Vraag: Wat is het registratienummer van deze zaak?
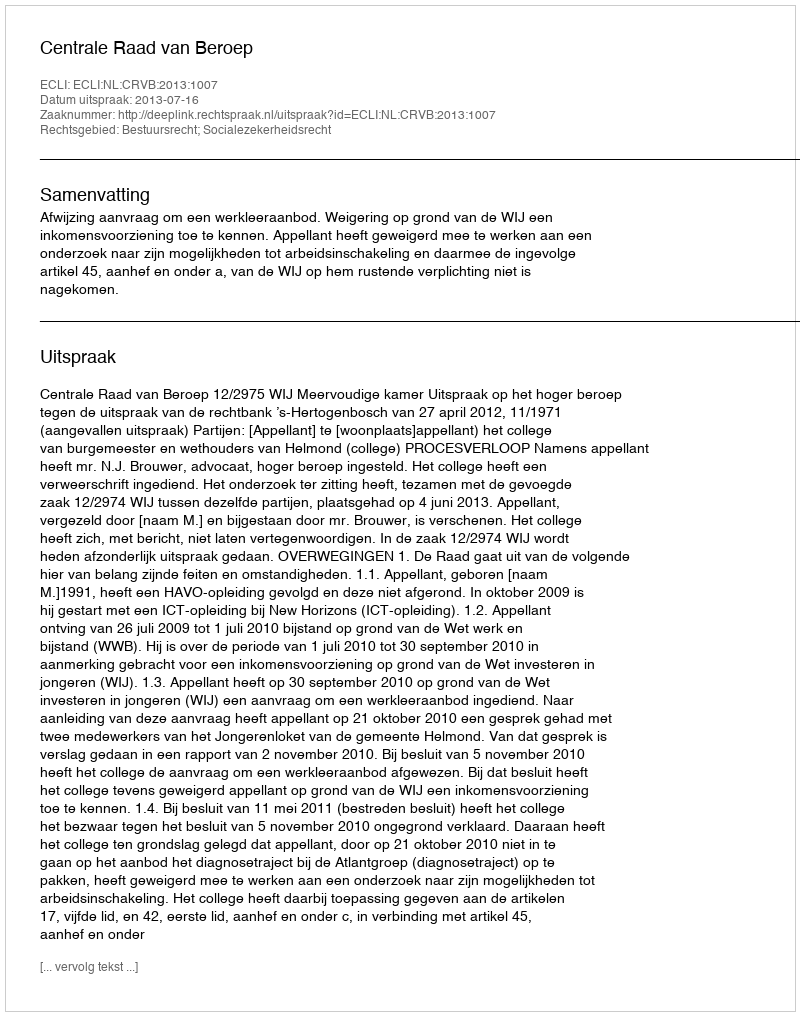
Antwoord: http://deeplink.rechtspraak.nl/uitspraak?id=ECLI:NL:CRVB:2013:1007